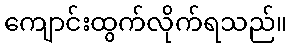
ကျောင်းထွက်လိုက်ရသည်။